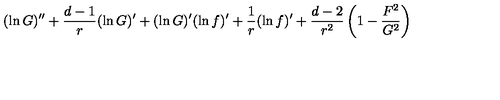
( \ln G ) ^ { \prime \prime } + { \frac { d - 1 } { r } } ( \ln G ) ^ { \prime } + ( \ln G ) ^ { \prime } ( \ln f ) ^ { \prime } + { \frac { 1 } { r } } ( \ln f ) ^ { \prime } + { \frac { d - 2 } { r ^ { 2 } } } \left( 1 - { \frac { F ^ { 2 } } { G ^ { 2 } } } \right)